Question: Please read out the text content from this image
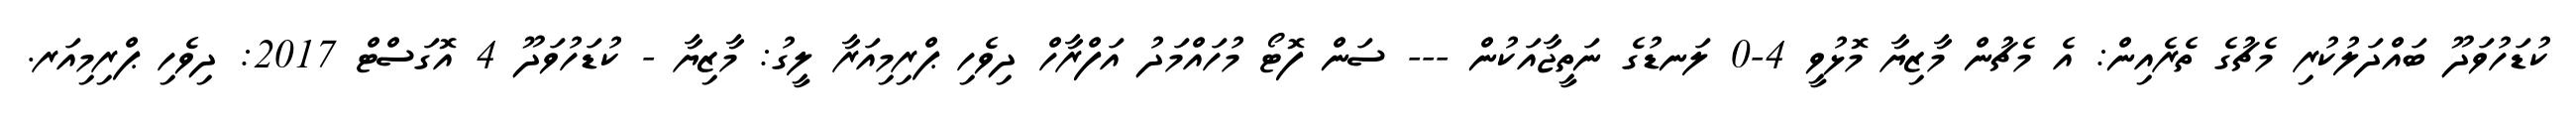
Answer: ކުޑަހުވަދޫ ބައްދަލުކުރި މެޗުގެ ތެރެއިން: އެ މެޗުން މާޒިޔާ މޮޅުވީ 4-0 ލަނޑުގެ ނަތީޖާއަކުން --- ސަން ފޮޓޯ މުހައްމަދު އަފްރާހް ދިވެހި ޕްރިމިއަރާ ލީގު: މާޒިޔާ - ކުޑަހުވަދޫ 4 އޮގަސްޓް 2017: ދިވެހި ޕްރިމިއަރ.